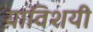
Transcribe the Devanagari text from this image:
याविशयी